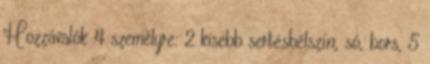
Hozzávalók 4 személyre: 2 kisebb sertésbélszín, só, bors, 5